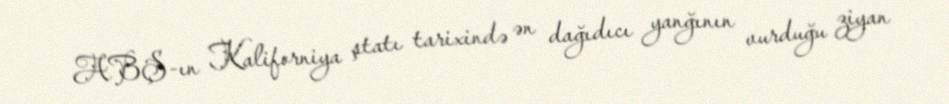
ABŞ-ın Kaliforniya ştatı tarixində ən dağıdıcı yanğının vurduğu ziyan